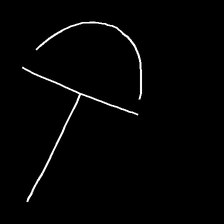
Glyph: dispersion